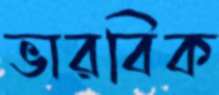
ভারবিক